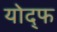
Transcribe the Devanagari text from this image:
योद्फ